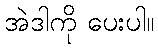
အဲဒါကို ပေးပါ။